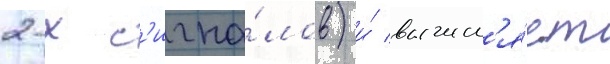
2-х с'игна́лов) и́ вычисл'я́ет